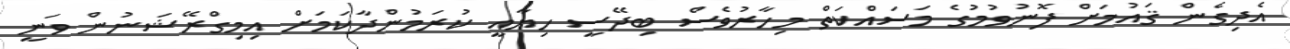
އެދިގެން ޤައުމަށް ފޮނުވުމުގެ މަސައްކަތް މިހާރުވެސް ބިދޭސީ ހިޔާއީ ކުރަމުންދާކަމަށް އިމިގްރޭޝަނުން ވަނީ